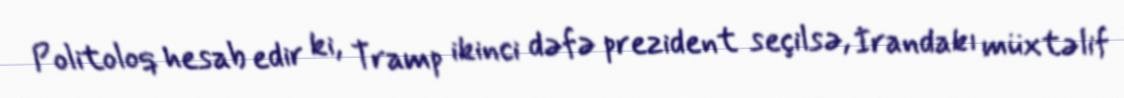
Politoloq hesab edir ki, Tramp ikinci dəfə prezident seçilsə, İrandakı müxtəlif